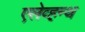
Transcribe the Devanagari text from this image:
एलेव्हन्थ